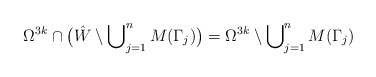
\begin{align*}\Omega^{3k} \cap \big(\hat{W} \setminus \bigcup\nolimits^n_{j=1} M(\Gamma_j)\big) = \Omega^{3k} \setminus \bigcup\nolimits^n_{j=1} M(\Gamma_j)\end{align*}